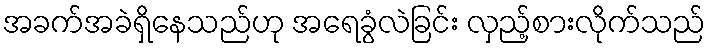
အခက်အခဲရှိနေသည်ဟု အရေခွံလဲခြင်း လှည့်စားလိုက်သည်